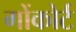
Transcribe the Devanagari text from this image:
गोंकोर्ट